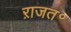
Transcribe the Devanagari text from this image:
ऱाजत॰